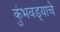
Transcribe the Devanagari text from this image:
कुंभवड्याचे